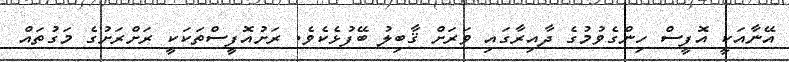
އޭނާއަކީ އޮފީސް ހިންގެވުމުގެ ދާއިރާގައި ވަރަށް ޤާބިލު ބޭފުޅެކެވެ. ރަށުއޮފީސްތަކަކީ ރަށްރަށުގެ މަގުތައް